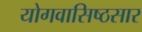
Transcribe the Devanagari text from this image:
योगवासिष्ठसार